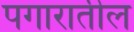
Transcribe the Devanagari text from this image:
पगारातील